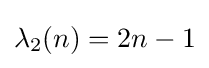
\lambda _{2}(n)=2n-1